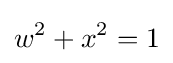
w^{2}+x^{2}=1